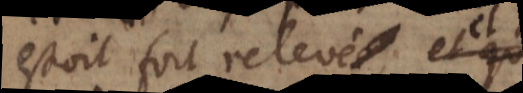
estoit fort relevé et qui